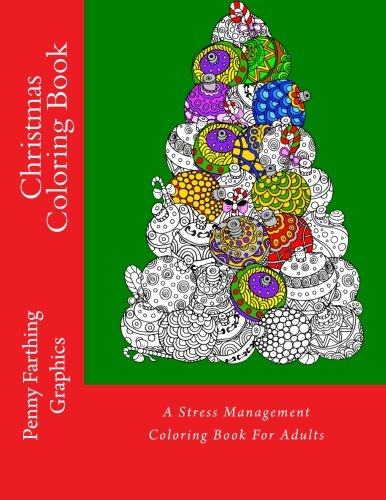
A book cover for Christmas Coloring Book: A Stress Management Coloring Book For Adults; Penny Farthing Graphics; Crafts, Hobbies & Home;